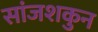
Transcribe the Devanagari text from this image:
सांजशकुन